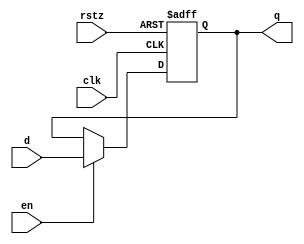
module dff_e_r1_cell #(parameter DW=1)
( rstz, clk, en, d, q );
input rstz, clk, en;
input [DW-1:0] d;
output [DW-1:0] q;

reg [DW-1:0] q;
always @(posedge clk or negedge rstz)
  begin
    if (~rstz)
      q <= {DW{1'b1}};
    else if (en)
      q <= d;
  end
endmodule